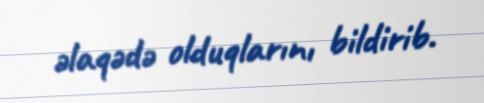
əlaqədə olduqlarını bildirib.